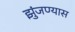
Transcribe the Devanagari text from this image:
झुंजण्यास